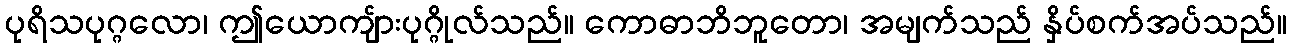
ပုရိသပုဂ္ဂလော၊ ဤယောကျ်ားပုဂ္ဂိုလ်သည်။ ကောဓာဘိဘူတော၊ အမျက်သည် နှိပ်စက်အပ်သည်။